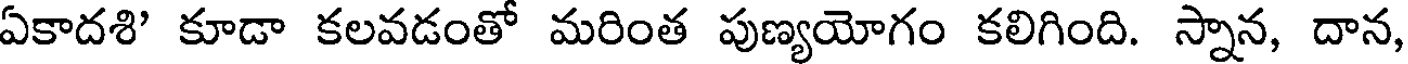
ఏకాదశి' కూడా కలవడంతో మరింత పుణ్యయోగం కలిగింది. స్నాన, దాన,